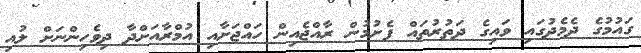
ގައުމުގެ ދެމެދުގައި ވައިގެ ދަތުރުތައް ފެށުމުން ރާއްޖެއިން ހައްޖަށާއި އުމްރާއަށްދާ ދިވެހިންނަށް ލުއި